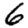
Digit: 6